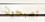
تصبحون